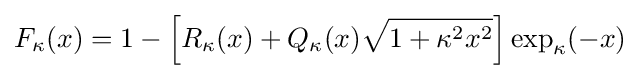
F_{\kappa }(x)=1-\left[R_{\kappa }(x)+Q_{\kappa }(x){\sqrt {1+\kappa ^{2}x^{2}}}\right]\exp _{\kappa }(-x)